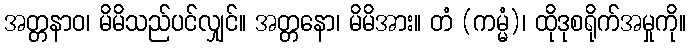
အတ္တနာဝ၊ မိမိသည်ပင်လျှင်။ အတ္တနော၊ မိမိအား။ တံ (ကမ္မံ)၊ ထိုဒုစရိုက်အမှုကို။